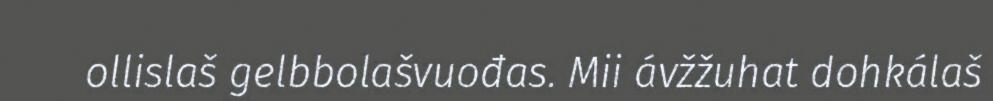
ollislaš gelbbolašvuođas. Mii ávžžuhat dohkálaš